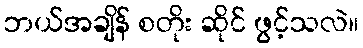
ဘယ်အချိန် စတိုး ဆိုင် ဖွင့်သလဲ။